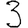
Digit: 3